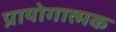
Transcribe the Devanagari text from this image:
प्रायोगात्मक